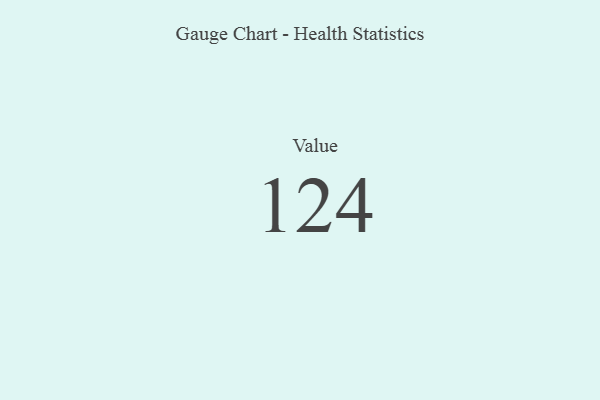
{"axis": {"x": "Metric", "y": "Value"}, "legend": [""], "data": [{"x": "Value", "y": 124, "type": ""}]}